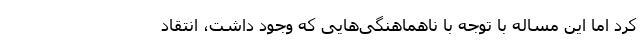
کرد اما این مساله با توجه با ناهماهنگی‌هایی که وجود داشت، انتقاد